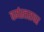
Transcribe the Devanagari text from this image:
वर्गस्तरावर